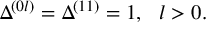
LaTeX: \Delta ^ { ( 0 l ) } = \Delta ^ { ( 1 1 ) } = 1 , ~ ~ l > 0 .